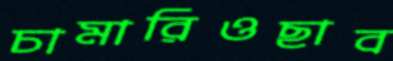
চামারিওছাব